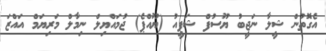
އެގޮތުން ޝީލާ ނަޖީބު ޔޫސުފް ޝަފީއު (ޔޫއްޕެ) ޖުމައްޔިލް ނިމާލް މަރިޔަމް އައްޒަ